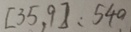
[ 3 5 , 9 ] : 5 4 0